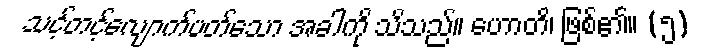
သင့်တင့်လျောက်ပတ်သော အခါကို သိသည်။ ဟောတိ၊ ဖြစ်၏။ (၅)